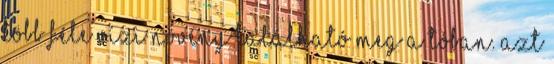
több féle vízi növény található meg a tóban. Azt